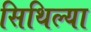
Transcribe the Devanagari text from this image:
सिथिल्या